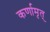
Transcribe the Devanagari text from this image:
कर्णामृत्